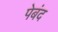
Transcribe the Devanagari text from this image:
पेबंद